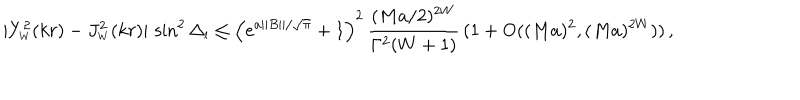
LaTeX: | Y _ { \scriptscriptstyle { W } } ^ { 2 } ( k r ) - J _ { \scriptscriptstyle { W } } ^ { 2 } ( k r ) | \, \sin ^ { 2 } \Delta _ { \scriptscriptstyle { l } } \leq \left( e ^ { a | | B | | / \sqrt \pi } + 1 \right) ^ { 2 } \, \frac { ( M a / 2 ) ^ { 2 W } } { \Gamma ^ { 2 } ( W + 1 ) } \, ( 1 + \mathrm { O } ( ( M a ) ^ { 2 } , ( M a ) ^ { 2 W } ) ) \, ,